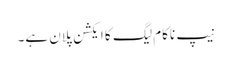
نیپ ناکام لیگ کا ایکشن پلان ہے۔